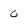
Character: 0